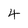
Character: 4